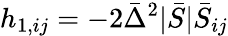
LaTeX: h_{1,ij}=-2\bar{\Delta}^{2}|\bar{S}|\bar{S}_{ij}